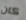
كان